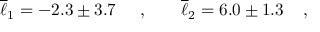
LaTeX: \overline { { { \ell } } } _ { 1 } = - 2 . 3 \pm 3 . 7 \; \; \; \; \; , \; \; \; \; \; \; \; \overline { { { \ell } } } _ { 2 } = 6 . 0 \pm 1 . 3 \; \; \; \; ,